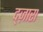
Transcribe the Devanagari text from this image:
द्ज़ारा